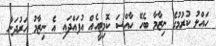
ހައްލު ކުރުމުގެ ނިޒާމާ ބެހޭ ހާއްސަ ކޮމިޓީއެއް އުފައްދައި އެ ނިޒާމު ހަރުދަނާ